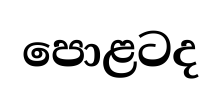
පොළටද